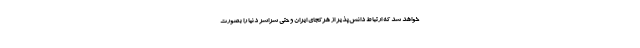
خواهد شد که ارتباط دانش‌پذیر از هرکجای ایران و حتی سراسر دنیا را بصورت